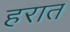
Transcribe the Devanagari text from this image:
हरात